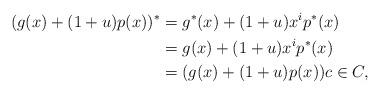
LaTeX: \begin{align*}(g(x) + (1+u)p(x))^* & = g^*(x)+(1+u)x^ip^*(x) \\ & = g(x)+(1+u)x^ip^*(x) \\& = (g(x) + (1+u)p(x))c \in C, \end{align*}